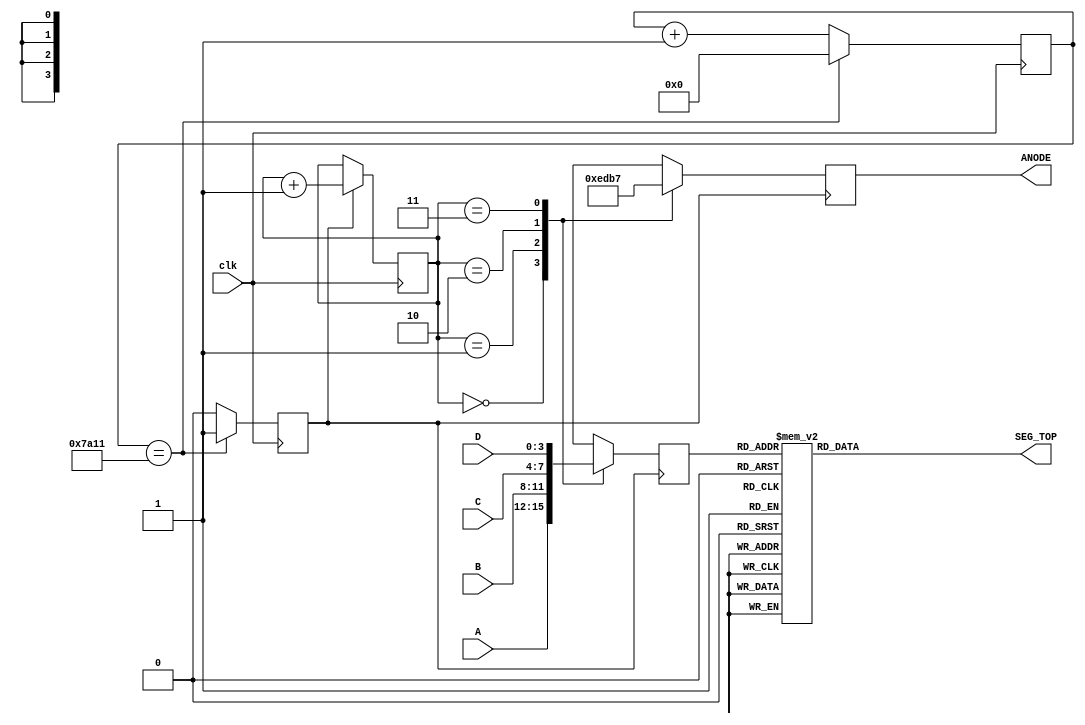
`timescale 1ns / 1ps

module seven_seg (
    input clk,
    //setting up inputs as described in lab description
    input [3:0] A,
    input [3:0] B,
    input [3:0] C,
    input [3:0] D,
    
    //setting up outputs
    output reg [3:0] ANODE,
    output reg [6:0] SEG_TOP   //seven segment display
);

    reg clk_en; //pulse
    reg [15:0] counter; //2^15 = 32768 > 31250
    
    reg [1:0] SEL = 2'b00;  //current anode
    reg [3:0] switchChoice; //what values to decode
    
    
    always @(posedge clk)
        begin
            if(counter == 31250 - 1)
                begin
                    counter <= 0;
                    clk_en <= 1;
                end
            else
                begin
                    counter <= counter + 1'b1;
                    clk_en <= 0;
                end
         end
         
    always @(posedge clk)
        if(clk_en) SEL <= SEL + 1'b1; //incerement SEL when clock edge hits
        
    always @(posedge clk_en)
        begin
        if(clk_en)
            begin
                case(SEL)
                    0: switchChoice = A;
                    1: switchChoice = B;
                    2: switchChoice = C;
                    3: switchChoice = D;
                endcase
                
                case(SEL)
                    0: ANODE = 4'b1110;
                    1: ANODE = 4'b1101;
                    2: ANODE = 4'b1011;
                    3: ANODE = 4'b0111;
                endcase
             end
       end
       
    parameter display0 = 7'b0000001;
    parameter display1 = 7'b1001111;
    parameter display2 = 7'b0010010;
    parameter display3 = 7'b0000110;
    parameter display4 = 7'b1001100;
    parameter display5 = 7'b0100100;
    parameter display6 = 7'b0100000;
    parameter display7 = 7'b0001111;
    parameter display8 = 7'b0000000;
    parameter display9 = 7'b0000100;
    parameter displayA = 7'b0001000;
    parameter displayB = 7'b1100000;
    parameter displayC = 7'b0110001;
    parameter displayD = 7'b1000010;
    parameter displayE = 7'b0110000;
    parameter displayF = 7'b0111000;
    
    always @(switchChoice)
        begin
            case(switchChoice)
                4'b0000: SEG_TOP = display0;
                4'b0001: SEG_TOP = display1;
                4'b0010: SEG_TOP = display2;
                4'b0011: SEG_TOP = display3;
                4'b0100: SEG_TOP = display4;
                4'b0101: SEG_TOP = display5;
                4'b0110: SEG_TOP = display6;
                4'b0111: SEG_TOP = display7;
                4'b1000: SEG_TOP = display8;
                4'b1001: SEG_TOP = display9;
                4'b1010: SEG_TOP = displayA;
                4'b1011: SEG_TOP = displayB;
                4'b1100: SEG_TOP = displayC;
                4'b1101: SEG_TOP = displayD;
                4'b1110: SEG_TOP = displayE;
                4'b1111: SEG_TOP = displayF;
            endcase
        end
             
//    seg_decoder inherited(.switchChoice(switchChoice), .SEG(SEG_TOP));    //decoding from second module
endmodule